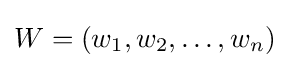
W=(w_{1},w_{2},\dots ,w_{n})